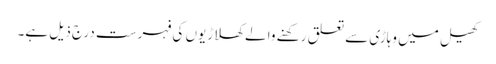
کھیل میں وہاڑی سے تعلق رکھنے والے کھلاڑیوں کی فہرست درج ذیل ہے۔